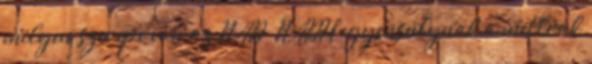
milyen szerepe van az NAD NADH egyensúlynak a mellrák